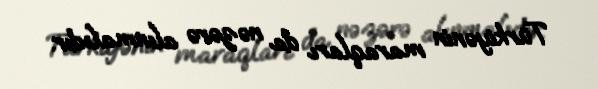
Türkiyənin maraqları da nəzərə alınmalıdır.